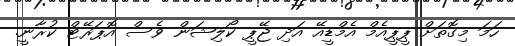
ހަމަ މިގޮތަށް ޕީޕީއެމް އެމްޑީއޭ އަދި ޖޭޕީ ކޯލިޝަން ވެސް އޮޕަރޭޓް ކުރާނީ.